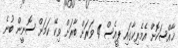
ޚާއްސަކޮށް އެމެރިކާގައި ޕީއެސް 4 ވަރަށް ބާރަށް ވިކޭ ކަމަށް ސޮނީން ބުނެ